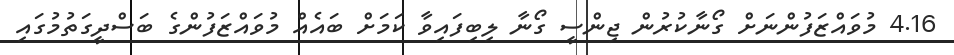
4.16 މުވައްޒަފުންނަށް ގޯނާކުރުން ޖިންސީ ގޯނާ ލިބިފައިވާ ކަމަށް ބައެއް މުވައްޒަފުންގެ ބަސްދީގަތުމުގައި